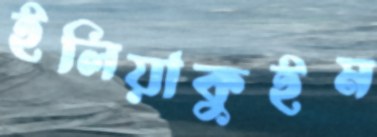
ইলিয়াকুইম